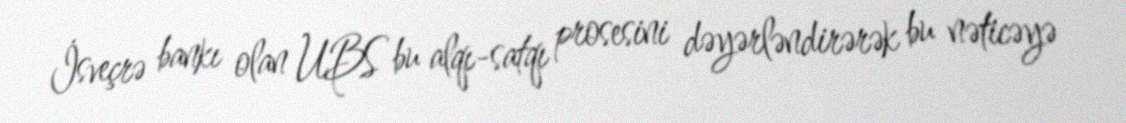
İsveçrə bankı olan UBS bu alqı-satqı prosesini dəyərləndirərək bu nəticəyə